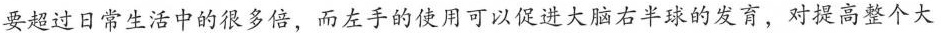
要超过日常生活中的很多倍，而左手的使用可以促进大脑右半球的发育，对提高整个大